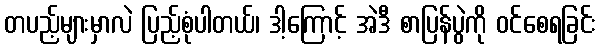
တပည့်များမှာလဲ ပြည့်စုံပါတယ်၊ ဒါ့ကြောင့် အဲဒီ စာပြန်ပွဲကို ဝင်စေရခြင်း